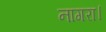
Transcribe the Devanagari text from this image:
नागरा।